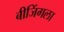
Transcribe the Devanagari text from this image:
बीजिंगला